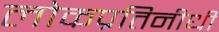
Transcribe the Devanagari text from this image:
लोकप्रतिनीधी